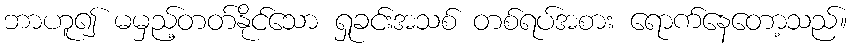
ဘာဟူ၍ မမှည့်တတ်နိုင်သော ရှုခင်းအသစ် တစ်ရပ်အစား ရောက်နေတော့သည်။